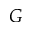
G